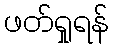
ဖတ်ရှုရန်